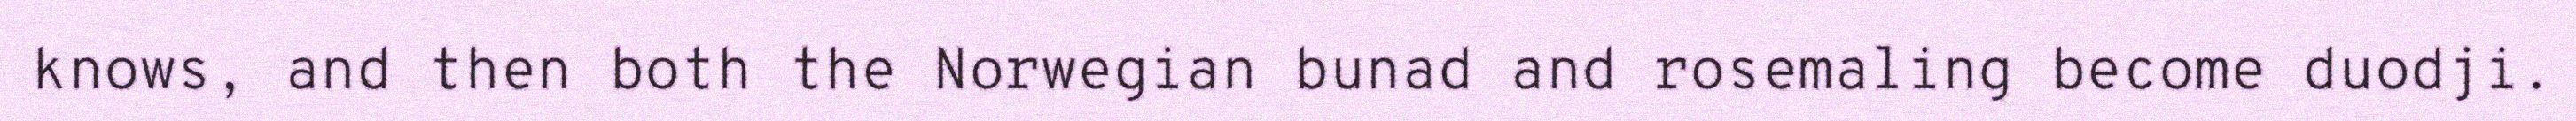
knows, and then both the Norwegian bunad and rosemaling become duodji.